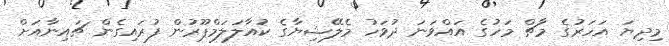
މިދިޔަ އަހަރުގެ މާޗް މަހުގެ އައްވަނަ ދުވަހު މެލޭޝިޔާގެ ކުއާލަލަމްޕޫރުން ފުރައިގެން ޗައިނާއަށް